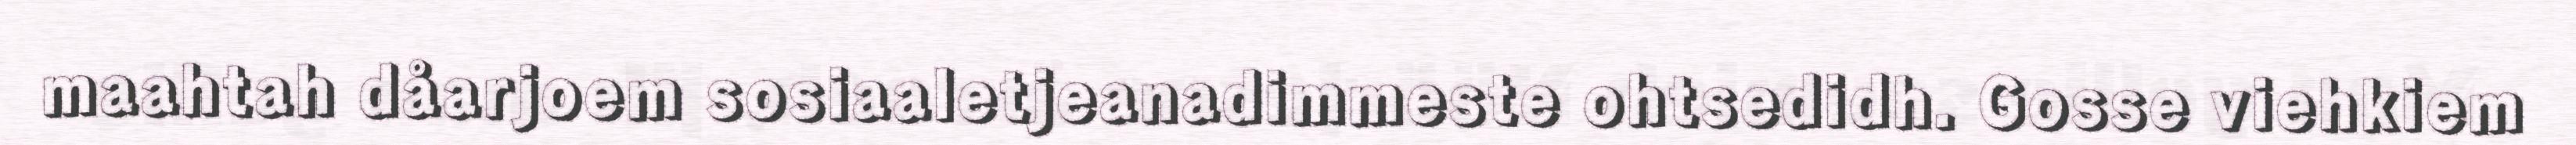
maahtah dåarjoem sosiaaletjeanadimmeste ohtsedidh. Gosse viehkiem